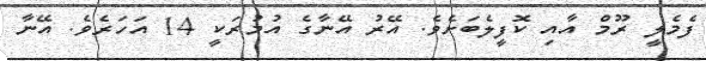
ފެމެލީ ރޫމް އާއި ކޮފީލެބަށެވެ. އޭރު އޭނާގެ އުމުރަކީ 14 އަހަރެވެ. އޭނާ